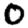
Digit: 0